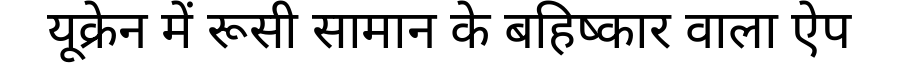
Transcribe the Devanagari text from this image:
यूक्रेन में रूसी सामान के बहिष्कार वाला ऐप